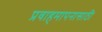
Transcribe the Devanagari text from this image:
प्रवाहमापनासाठी